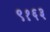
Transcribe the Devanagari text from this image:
९१६३